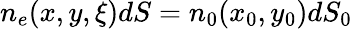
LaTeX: \begin{array}{r}{n_{e}(x,y,\xi)dS=n_{0}(x_{0},y_{0})dS_{0}}\end{array}